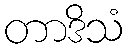
တာဒိသံ